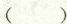
( )